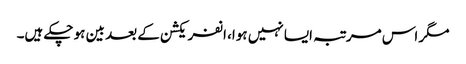
مگر اس مرتبہ ایسا نہیں ہوا، انفریکشن کے بعد بین ہو چکے ہیں۔